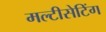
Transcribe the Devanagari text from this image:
मल्टीसेटिंग